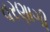
વરણાગી